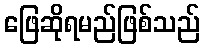
ဖြေဆိုရမည်ဖြစ်သည်